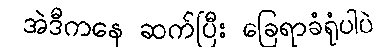
အဲဒီကနေ ဆက်ပြီး ခြေရာခံရုံပါပဲ